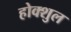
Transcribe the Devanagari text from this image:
होक्शुल